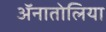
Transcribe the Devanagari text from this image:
ॲनातोलिया